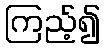
ကြည့်၍